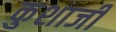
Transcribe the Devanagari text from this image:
कुशाजी